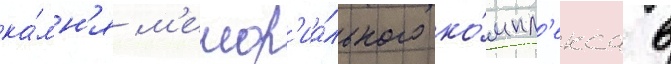
ка́мн'я м'емор'иа́льного ко́мпл'екса в